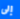
إلى